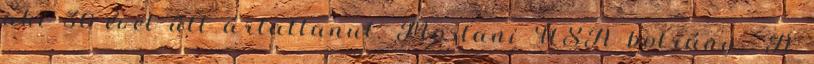
aki 30 évet űlt ártatlanul. Mostani USA botrány. "A